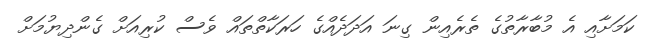
ކަމަށާއި އެ މުބާރާތުގެ ތެރެއިން ގިނަ އަދަދެއްގެ ހަރަކާތްތައް ވެސް ކުރިއަށް ގެންދިޔުމަށް